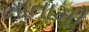
ખાતામી